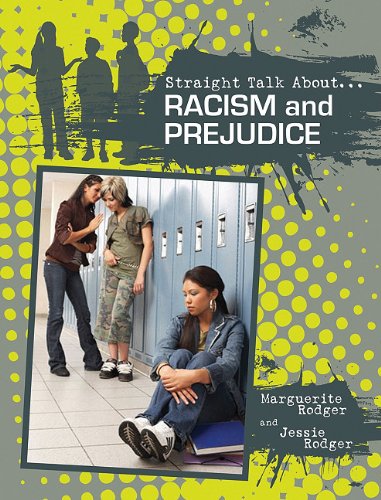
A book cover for Racism and Prejudice (Straight Talk About...(Crabtree)); Marguerite Rodger; Teen & Young Adult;